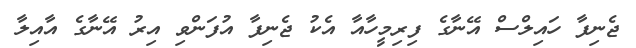
ޖެނިފާ ހައިލްސް އޭނާގެ ފިރިމީހާއާ އެކު ޖެނިފާ އުފަންވި އިރު އޭނާގެ އާއިލާ